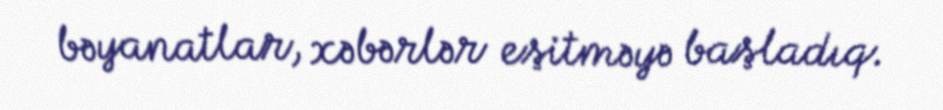
bəyanatlar, xəbərlər eşitməyə başladıq.